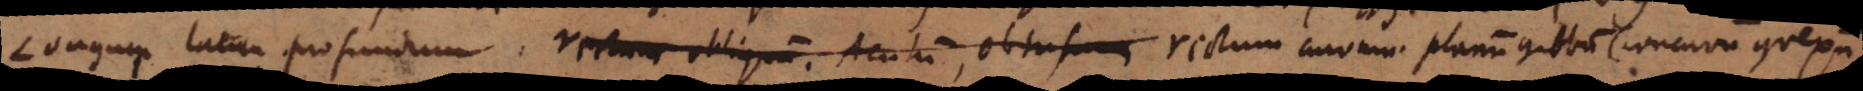
Longum latum profundum, rectum obliquum. Acutum, obtusum rectum curvum, planum gibbum (concavum convexu